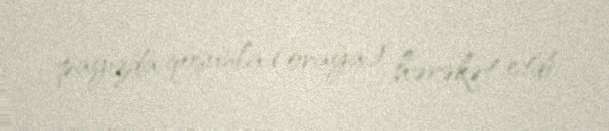
payızda qoşunla (oraya) hərəkət etdi.